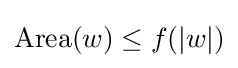
{\rm {Area}}(w)\leq f(|w|)